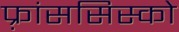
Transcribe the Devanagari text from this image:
फ़्रांससिस्को